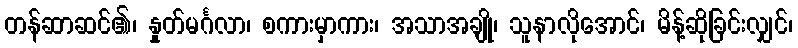
တန်ဆာဆင်၏၊ နှုတ်မင်္ဂလာ၊ စကားမှာကား၊ အသာအချို၊ သူနာလိုအောင်၊ မိန့်ဆိုခြင်းလျှင်၊